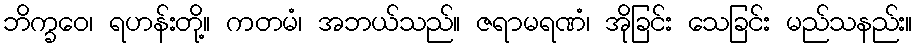
ဘိက္ခဝေ၊ ရဟန်းတို့။ ကတမံ၊ အဘယ်သည်။ ဇရာမရဏံ၊ အိုခြင်း သေခြင်း မည်သနည်း။